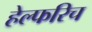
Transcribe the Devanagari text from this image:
हेल्फरिच